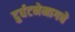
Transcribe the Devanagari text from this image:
दुर्घटनेमागचे